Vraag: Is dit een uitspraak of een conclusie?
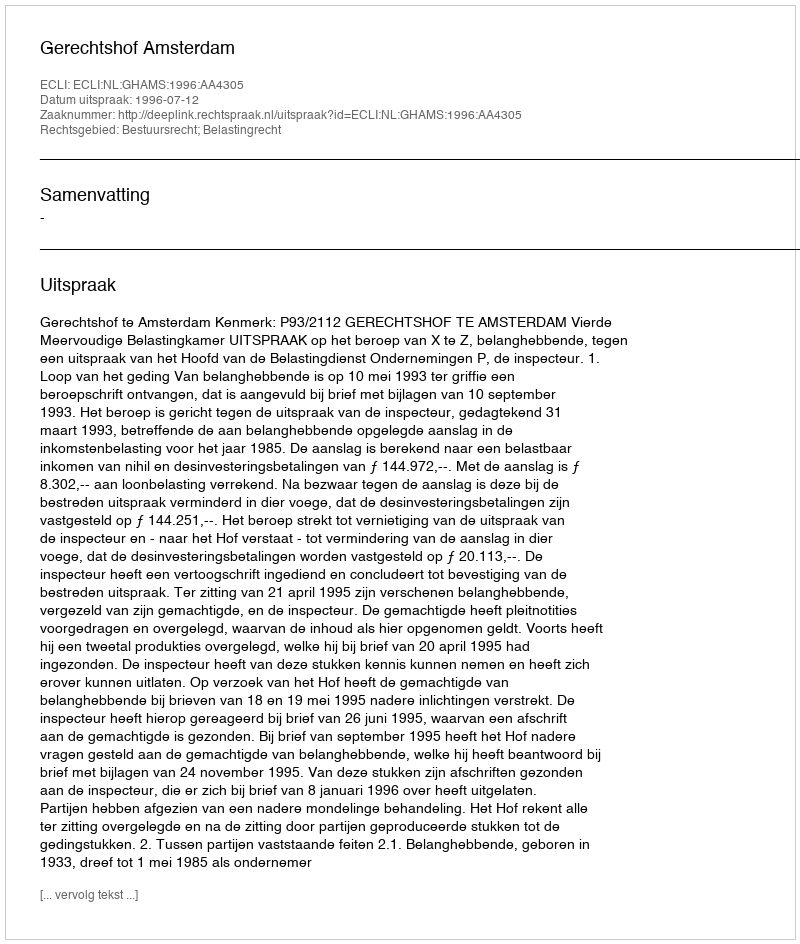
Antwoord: Uitspraak